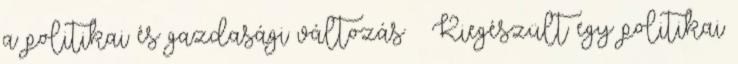
a politikai és gazdasági változás  Kiegészült egy politikai